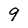
Character: 9